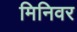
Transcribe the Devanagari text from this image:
मिनिवर